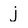
Character: j